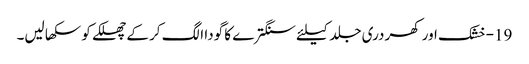
19-خشک اور کھردری جلد کیلئے سنگترے کا گودا الگ کر کے چھلکے کو سکھا لیں۔